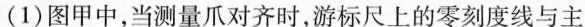
(1)图甲中，当测量爪对齐时，游标尺上的零刻度线与主